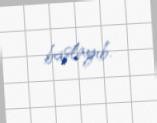
başlayıb.